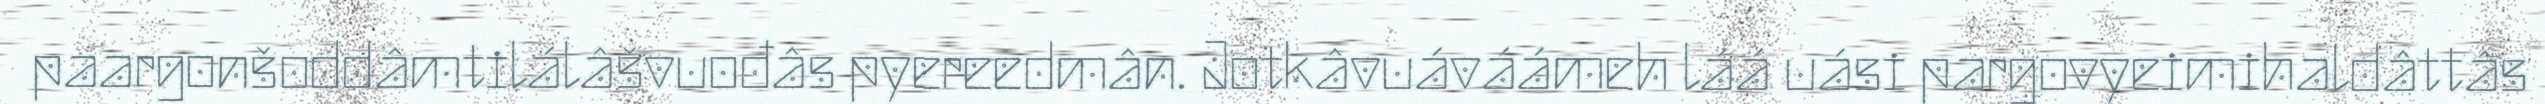
paargonšoddâmtilálâšvuođâs pyereedmân. Jotkâvuáváámeh láá uási pargovyeimihaldâttâs